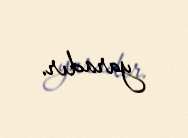
yaradır.